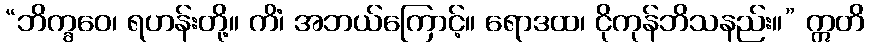
“ဘိက္ခဝေ၊ ရဟန်းတို့။ ကိံ၊ အဘယ်ကြောင့်။ ရောဒထ၊ ငိုကုန်ဘိသနည်း။” ဣတိ